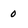
Character: 0